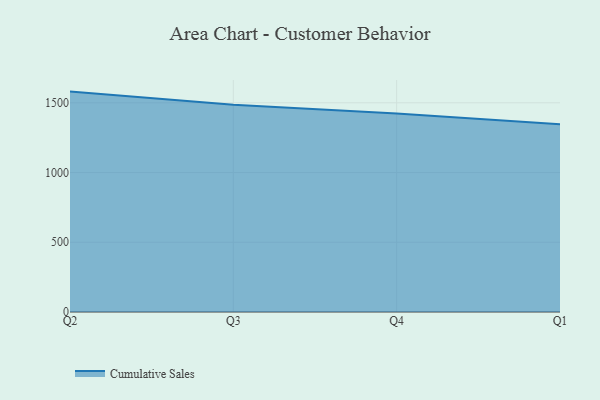
{"axis": {"x": "Quarter", "y": "Revenue (USD Million)"}, "legend": ["Cumulative Sales"], "data": [{"x": "Q2", "y": 1580.4, "type": "Cumulative Sales"}, {"x": "Q3", "y": 1486.4, "type": "Cumulative Sales"}, {"x": "Q4", "y": 1423.5, "type": "Cumulative Sales"}, {"x": "Q1", "y": 1345.4, "type": "Cumulative Sales"}]}